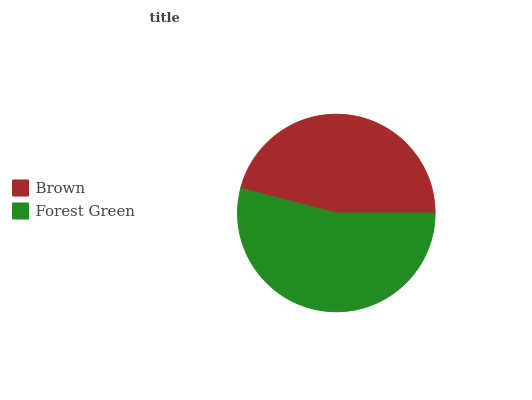
| Brown | Forest Green |
 | --- | --- |
 | 46% | 54% |